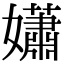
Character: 𡣾